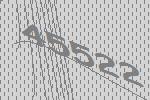
45522